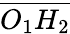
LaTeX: \overline{{O_{1}H_{2}}}